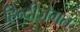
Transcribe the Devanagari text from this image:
हिन्दीजगत